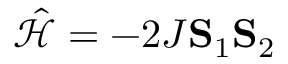
\hat { \mathcal { H } } = - 2 J \mathbf { S } _ { 1 } \mathbf { S } _ { 2 }